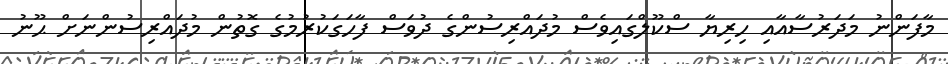
މާފަންނު މަދަރުސާއާއި ހިރިޔާ ސްކޫލްގައިވެސް މުދައްރިސުންގެ ދުވަސް ފާހަގަކުރުމުގެ ގޮތުން މުދައްރިސުންނަށް ޙޫނު